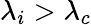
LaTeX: \lambda_{i}>\lambda_{c}